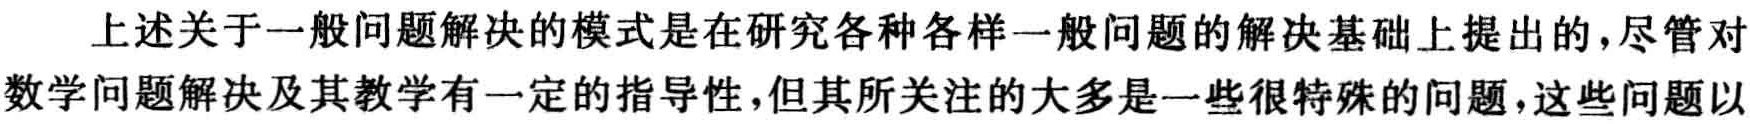
上述关于一般问题解决的模式是在研究各种各样一般问题的解决基础上提出的，尽管对数学问题解决及其教学有一定的指导性，但其所关注的大多是一些很特殊的问题，这些问题以